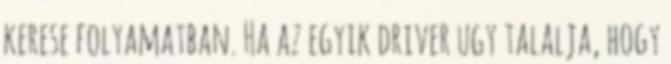
kerese folyamatban. Ha az egyik driver ugy talalja, hogy